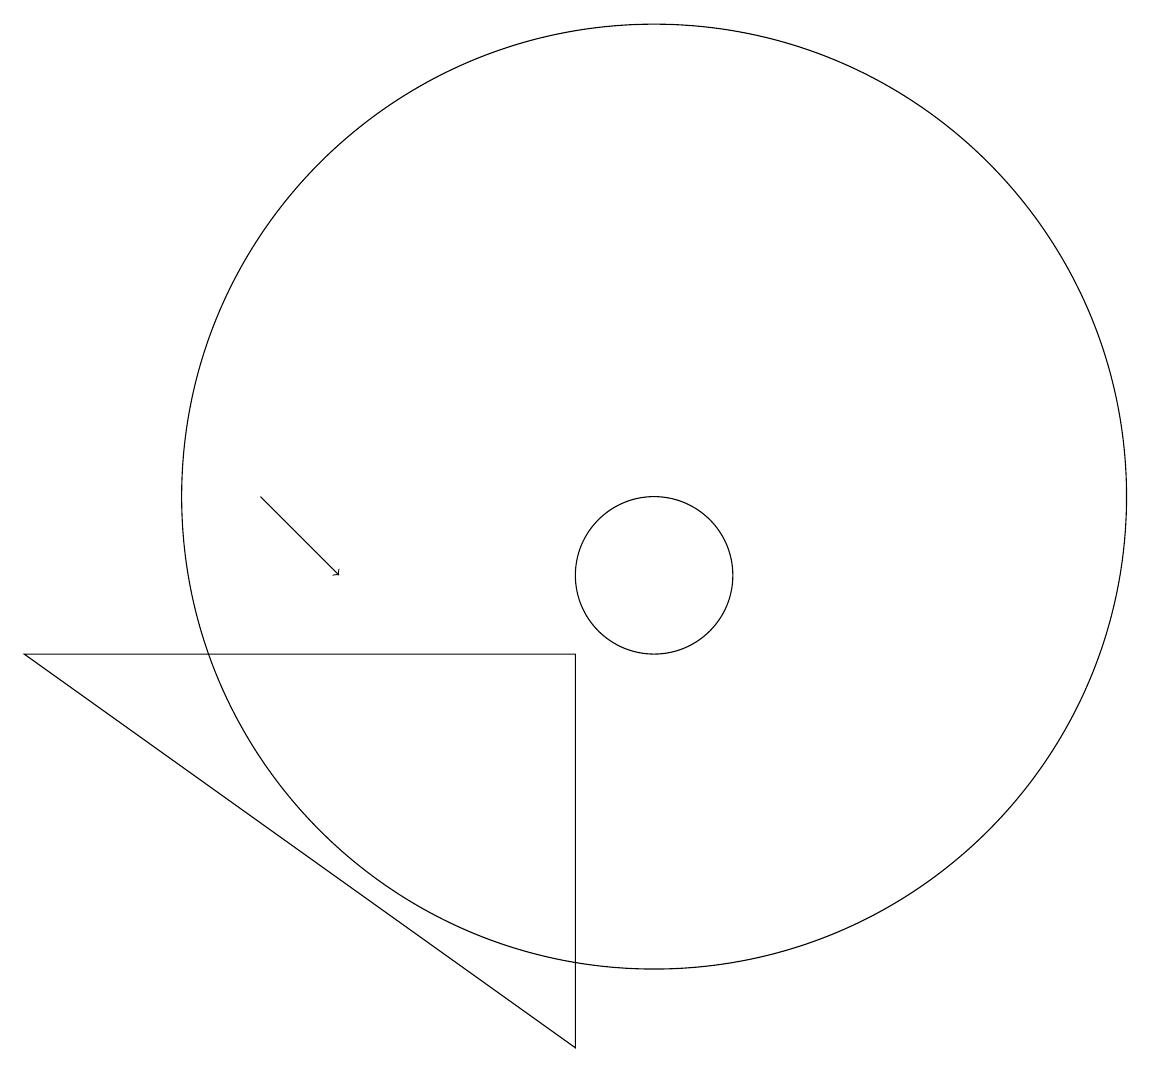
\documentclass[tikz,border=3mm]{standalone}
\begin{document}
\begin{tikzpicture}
\draw[->] (5,11) -- (6,10);
\draw (10,10) circle (1);
\draw (10,11) circle (6);
\draw (9,4) -- (2,9) -- (9,9) -- cycle;
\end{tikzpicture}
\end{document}